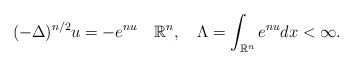
\begin{align*}(-\Delta)^{n/2}u=-e^{nu}\quad\mathbb{R}^{n}, \quad\Lambda=\int_{\mathbb{R}^n}e^{nu}dx<\infty.\end{align*}